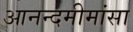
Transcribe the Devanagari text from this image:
आनन्दमीमांसा